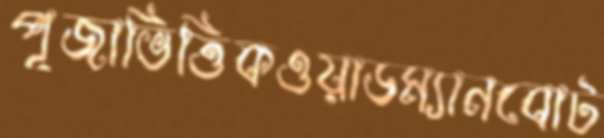
পূজাভিত্তিকওয়াডম্যানবোট